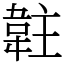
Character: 䪒